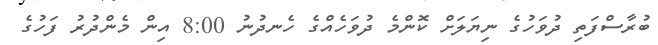
ބުރާސްފަތި ދުވަހުގެ ނިޔަލަށް ކޮންމެ ދުވަހެއްގެ ހެނދުނު 8:00 އިން މެންދުރު ފަހުގެ